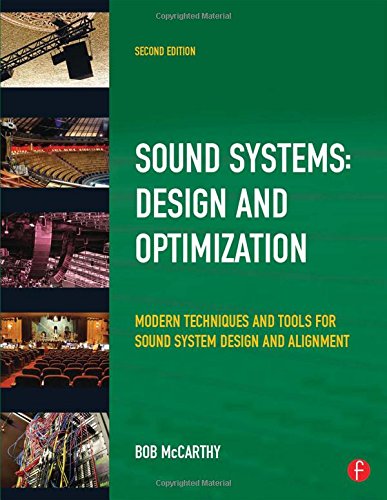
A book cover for Sound Systems: Design and Optimization: Modern Techniques and Tools for Sound System Design and Alignment; Bob McCarthy; Arts & Photography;